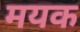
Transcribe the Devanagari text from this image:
मयक